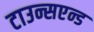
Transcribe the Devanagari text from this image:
टाउन्सएन्ड